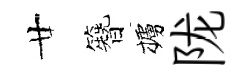
廿簪櫨陇